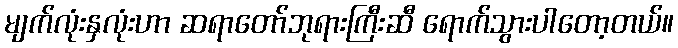
မျက်လုံးနှလုံးဟာ ဆရာတော်ဘုရားကြီးဆီ ရောက်သွားပါတော့တယ်။